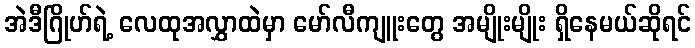
အဲဒီဂြိုဟ်ရဲ့ လေထုအလွှာထဲမှာ မော်လီကျူးတွေ အမျိုးမျိုး ရှိနေမယ်ဆိုရင်